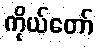
ကိုယ်တော်